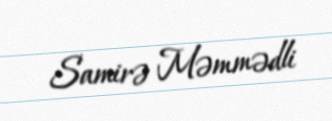
Samirə Məmmədli